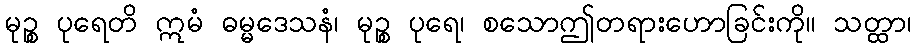
မုဉ္စ ပုရေတိ ဣမံ ဓမ္မဒေသနံ၊ မုဉ္စ ပုရေ၊ စသောဤတရားဟောခြင်းကို။ သတ္ထာ၊